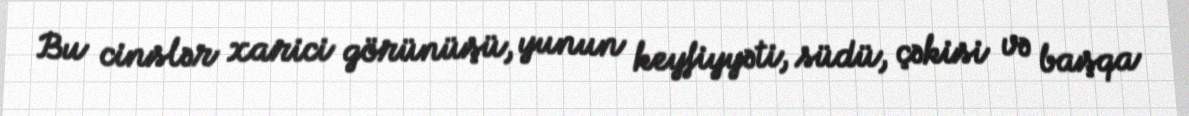
Bu cinslər xarici görünüşü, yunun keyfiyyəti, südü, çəkisi və başqa